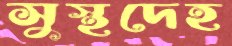
সুস্থদেহ